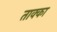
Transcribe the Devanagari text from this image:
ताक्का